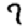
Digit: 7